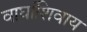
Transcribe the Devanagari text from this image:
वाघांशिवाय